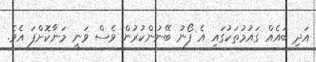
އަދި ބައެއް ގައުމުތަކުގައި އެ ފޯނު ބޭނުންކުރުން ވެސް ވަނީ މަނާކޮށްފަ އެވެ.